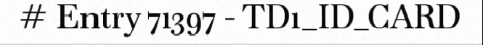
# Entry 71397 - TD1_ID_CARD